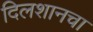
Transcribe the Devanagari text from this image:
दिलशानचा